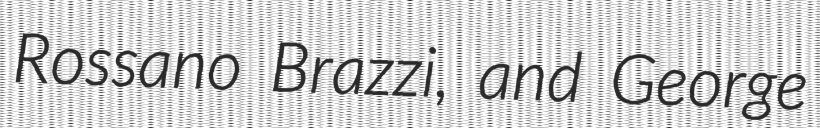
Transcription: Rossano Brazzi, and George